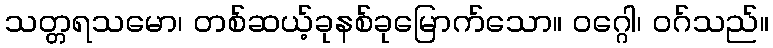
သတ္တရသမော၊ တစ်ဆယ့်ခုနစ်ခုမြောက်သော။ ဝဂ္ဂေါ၊ ဝဂ်သည်။